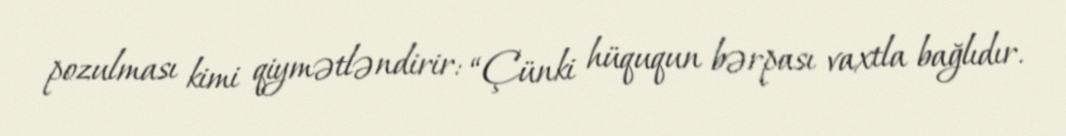
pozulması kimi qiymətləndirir: “Çünki hüququn bərpası vaxtla bağlıdır.